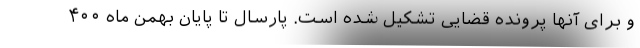
و برای آنها پرونده قضایی تشکیل شده است. پارسال تا پایان بهمن ماه ۴۰۰